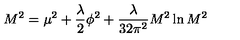
M ^ { 2 } = \mu ^ { 2 } + { \frac { \lambda } { 2 } } \phi ^ { 2 } + { \frac { \lambda } { 3 2 \pi ^ { 2 } } } M ^ { 2 } \ln { M ^ { 2 } }